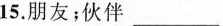
15.朋友；伙伴___